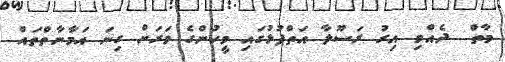
މާތް  ދެއްވި އިރު ރަސޫލާ އަތްޕުޅުގައި މީހުންގެ ވަރަށް ގިނަ އަމާނާތްތައް